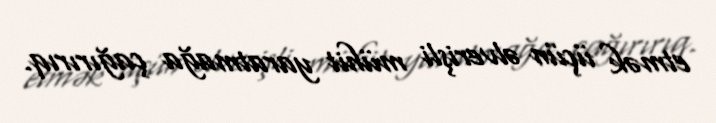
etmək üçün əlverişli mühit yaratmağa çağırırıq.